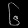
Digit: ၆